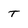
Character: T